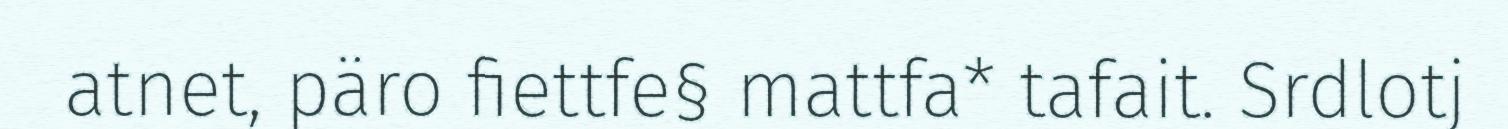
atnet, päro fiettfe§ mattfa* tafait. Srdlotj